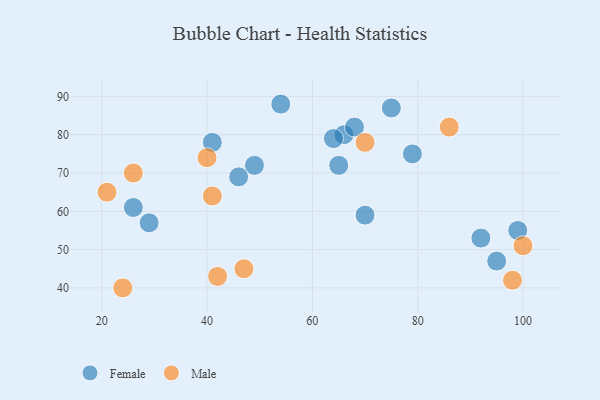
{"axis": {"x": "GDP", "y": "Life Expectancy"}, "legend": ["Female", "Male"], "data": [{"x": "49", "y": 72, "type": "Female"}, {"x": "66", "y": 80, "type": "Female"}, {"x": "79", "y": 75, "type": "Female"}, {"x": "46", "y": 69, "type": "Female"}, {"x": "54", "y": 88, "type": "Female"}, {"x": "70", "y": 59, "type": "Female"}, {"x": "26", "y": 61, "type": "Female"}, {"x": "65", "y": 72, "type": "Female"}, {"x": "29", "y": 57, "type": "Female"}, {"x": "92", "y": 53, "type": "Female"}, {"x": "68", "y": 82, "type": "Female"}, {"x": "75", "y": 87, "type": "Female"}, {"x": "41", "y": 78, "type": "Female"}, {"x": "95", "y": 47, "type": "Female"}, {"x": "64", "y": 79, "type": "Female"}, {"x": "99", "y": 55, "type": "Female"}, {"x": "100", "y": 51, "type": "Male"}, {"x": "47", "y": 45, "type": "Male"}, {"x": "42", "y": 43, "type": "Male"}, {"x": "21", "y": 65, "type": "Male"}, {"x": "40", "y": 74, "type": "Male"}, {"x": "70", "y": 78, "type": "Male"}, {"x": "86", "y": 82, "type": "Male"}, {"x": "98", "y": 42, "type": "Male"}, {"x": "26", "y": 70, "type": "Male"}, {"x": "24", "y": 40, "type": "Male"}, {"x": "41", "y": 64, "type": "Male"}]}